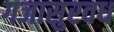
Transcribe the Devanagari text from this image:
गजासुरवध